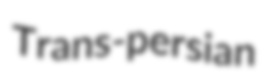
Trans-persian